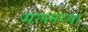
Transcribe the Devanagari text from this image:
मल्लय्या